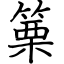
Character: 篥